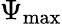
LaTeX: \Psi_{\mathrm{max}}